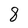
Character: 8